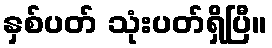
နှစ်ပတ် သုံးပတ်ရှိပြီ။